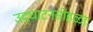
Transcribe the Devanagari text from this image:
उद्‌घाटनसोहळा